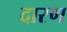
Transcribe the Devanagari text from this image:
दारण